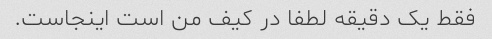
فقط یک دقیقه لطفا در کیف من است اینجاست.